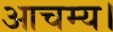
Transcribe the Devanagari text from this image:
आचम्य।